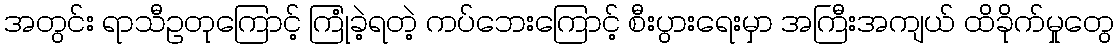
အတွင်း ရာသီဥတုကြောင့် ကြုံခဲ့ရတဲ့ ကပ်ဘေးကြောင့် စီးပွားရေးမှာ အကြီးအကျယ် ထိခိုက်မှုတွေ